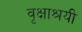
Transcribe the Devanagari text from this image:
वृक्षाश्रयी